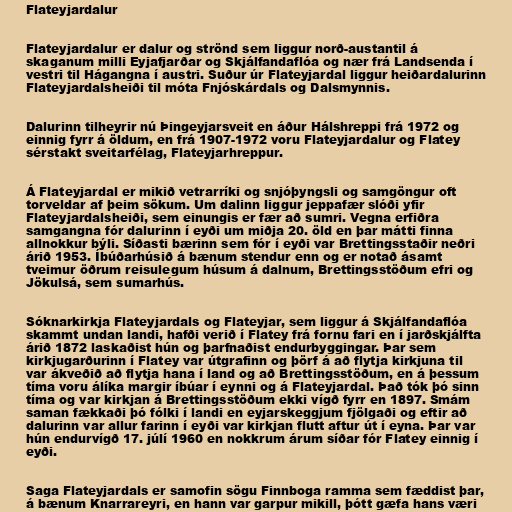
Flateyjardalur

Flateyjardalur er dalur og strönd sem liggur norð-austantil á
skaganum milli Eyjafjarðar og Skjálfandaflóa og nær frá Landsenda í
vestri til Hágangna í austri. Suður úr Flateyjardal liggur heiðardalurinn
Flateyjardalsheiði til móta Fnjóskárdals og Dalsmynnis.

Dalurinn tilheyrir nú Þingeyjarsveit en áður Hálshreppi frá 1972 og
einnig fyrr á öldum, en frá 1907-1972 voru Flateyjardalur og Flatey
sérstakt sveitarfélag, Flateyjarhreppur.

Á Flateyjardal er mikið vetrarríki og snjóþyngsli og samgöngur oft
torveldar af þeim sökum. Um dalinn liggur jeppafær slóði yfir
Flateyjardalsheiði, sem einungis er fær að sumri. Vegna erfiðra
samgangna fór dalurinn í eyði um miðja 20. öld en þar mátti finna
allnokkur býli. Síðasti bærinn sem fór í eyði var Brettingsstaðir neðri
árið 1953. Íbúðarhúsið á bænum stendur enn og er notað ásamt
tveimur öðrum reisulegum húsum á dalnum, Brettingsstöðum efri og
Jökulsá, sem sumarhús.

Sóknarkirkja Flateyjardals og Flateyjar, sem liggur á Skjálfandaflóa
skammt undan landi, hafði verið í Flatey frá fornu fari en í jarðskjálfta
árið 1872 laskaðist hún og þarfnaðist endurbyggingar. Þar sem
kirkjugarðurinn í Flatey var útgrafinn og þörf á að flytja kirkjuna til
var ákveðið að flytja hana í land og að Brettingsstöðum, en á þessum
tíma voru álíka margir íbúar í eynni og á Flateyjardal. Það tók þó sinn
tíma og var kirkjan á Brettingsstöðum ekki vígð fyrr en 1897. Smám
saman fækkaði þó fólki í landi en eyjarskeggjum fjölgaði og eftir að
dalurinn var allur farinn í eyði var kirkjan flutt aftur út í eyna. Þar var
hún endurvígð 17. júlí 1960 en nokkrum árum síðar fór Flatey einnig í
eyði.

Saga Flateyjardals er samofin sögu Finnboga ramma sem fæddist þar,
á bænum Knarrareyri, en hann var garpur mikill, þótt gæfa hans væri